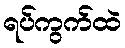
ရပ်ကွက်ထဲ